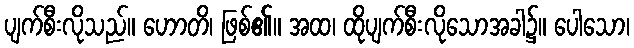
ပျက်စီးလိုသည်။ ဟောတိ၊ ဖြစ်၏။ အထ၊ ထိုပျက်စီးလိုသောအခါ၌။ ပေါသော၊